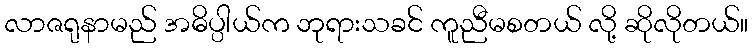
လာဇရုနာမည် အဓိပ္ပါယ်က ဘုရားသခင် ကူညီမစတယ် လို့ ဆိုလိုတယ်။